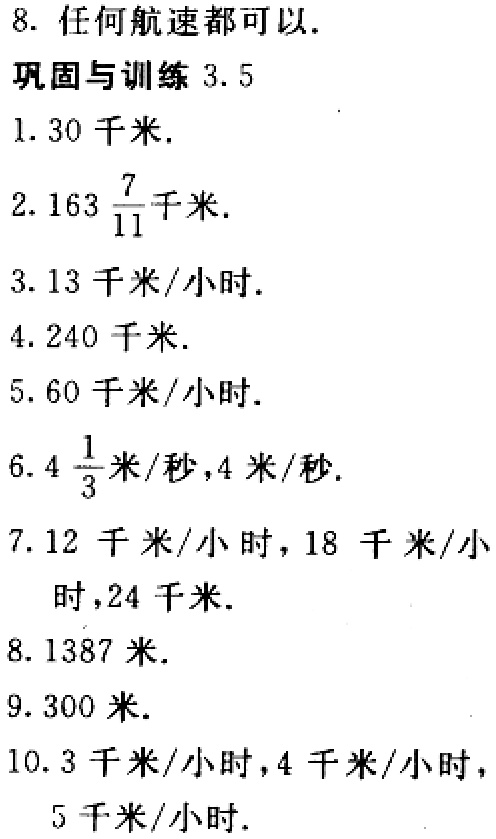
8. 任何航速都可以.

巩固与训练 3.5

1. \(30\)千米.

2. \(163\frac{7}{11}\)千米.

3. \(13\)千米/小时.

4. \(240\)千米.

5. \(60\)千米/小时.

6. \(4\frac{1}{3}\)米/秒，\(4\)米/秒.

7. \(12\)千米/小时，\(18\)千米/小时，\(24\)千米.

8. \(1387\)米.

9. \(300\)米.

10. \(3\)千米/小时，\(4\)千米/小时，\(5\)千米/小时.